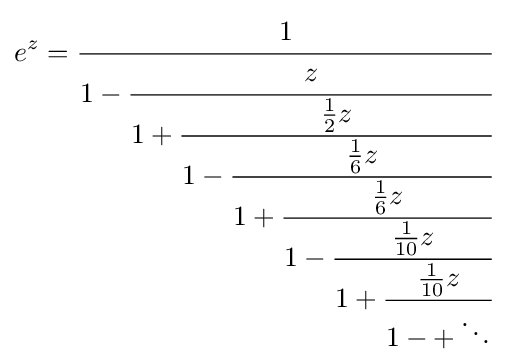
e^{z}={\cfrac {1}{1-{\cfrac {z}{1+{\cfrac {{\frac {1}{2}}z}{1-{\cfrac {{\frac {1}{6}}z}{1+{\cfrac {{\frac {1}{6}}z}{1-{\cfrac {{\frac {1}{10}}z}{1+{\cfrac {{\frac {1}{10}}z}{1-+\ddots }}}}}}}}}}}}}}